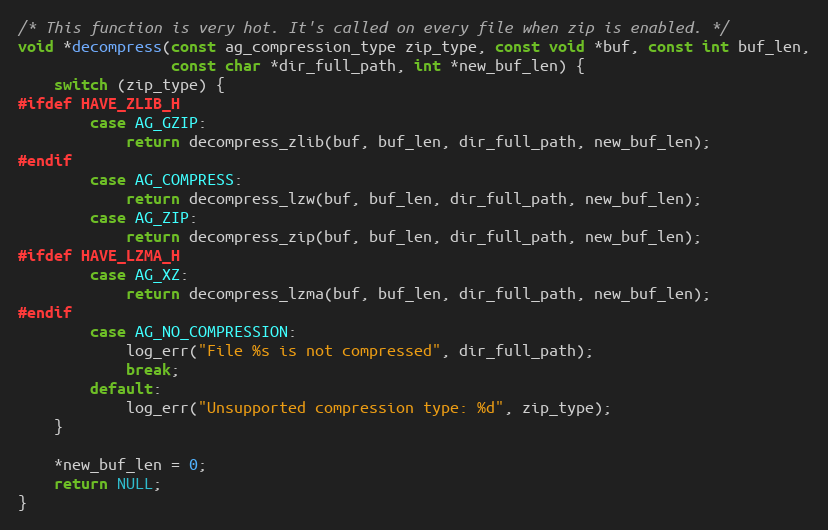
Language: C
/* This function is very hot. It's called on every file when zip is enabled. */
void *decompress(const ag_compression_type zip_type, const void *buf, const int buf_len,
                 const char *dir_full_path, int *new_buf_len) {
    switch (zip_type) {
#ifdef HAVE_ZLIB_H
        case AG_GZIP:
            return decompress_zlib(buf, buf_len, dir_full_path, new_buf_len);
#endif
        case AG_COMPRESS:
            return decompress_lzw(buf, buf_len, dir_full_path, new_buf_len);
        case AG_ZIP:
            return decompress_zip(buf, buf_len, dir_full_path, new_buf_len);
#ifdef HAVE_LZMA_H
        case AG_XZ:
            return decompress_lzma(buf, buf_len, dir_full_path, new_buf_len);
#endif
        case AG_NO_COMPRESSION:
            log_err("File %s is not compressed", dir_full_path);
            break;
        default:
            log_err("Unsupported compression type: %d", zip_type);
    }

    *new_buf_len = 0;
    return NULL;
}